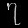
Digit: ၇